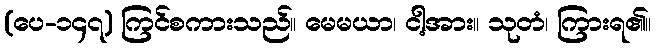
(ပေ-၁၄၇) ကြင်စကားသည်။ မေမယာ၊ ငါ့အား။ သုတံ၊ ကြားရ၏။